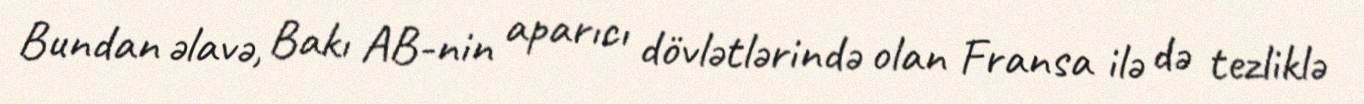
Bundan əlavə, Bakı AB-nin aparıcı dövlətlərində olan Fransa ilə də tezliklə